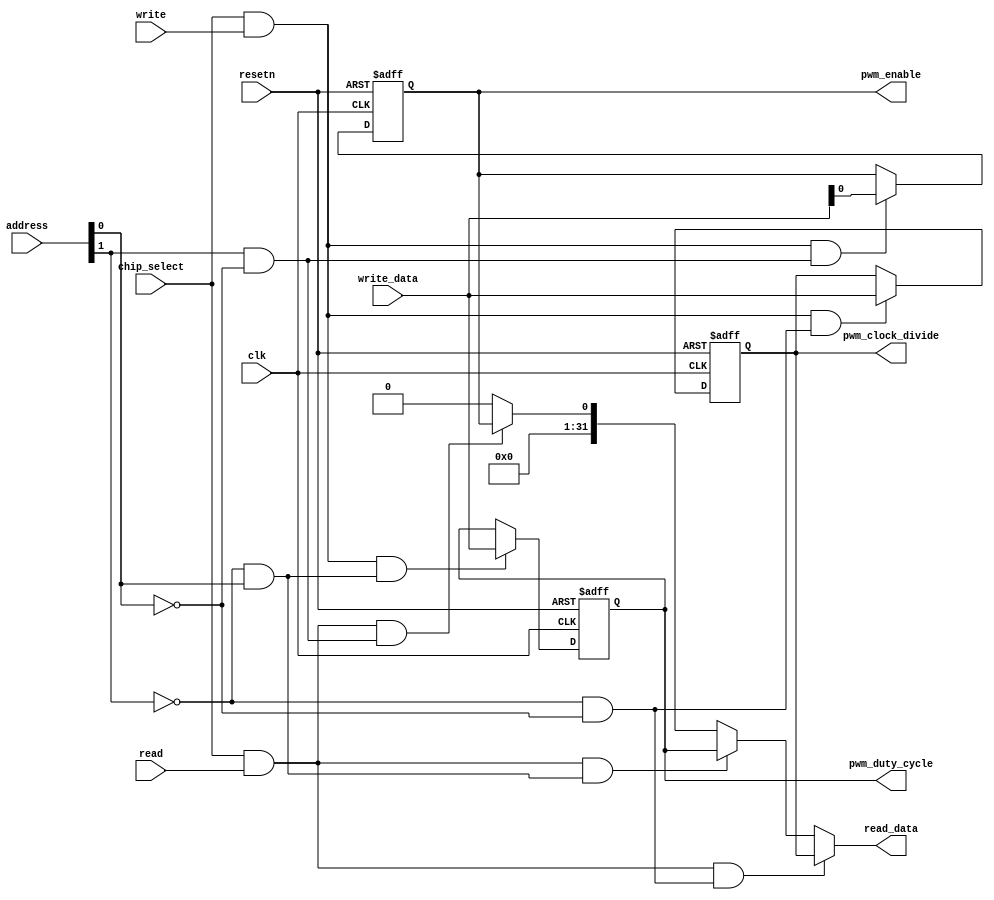
/***************************************************************************/
/*	Copyright  2004 Altera Corporation. All rights reserved.            */
/* Altera products are protected under numerous U.S. and foreign patents,  */
/* maskwork rights, copyrights and other intellectual property laws.  This */
/* reference design file, and your use thereof, *is subject to and         */
/* governed by the terms and conditions of the applicable Altera Reference */
/* Design License Agreement (either as signed by you or found at           */
/* www.altera.com).  By using this reference design file, you indicate     */
/* your acceptance of such terms and conditions between you and Altera     */
/* Corporation.  In the event that you do not agree with such terms and    */
/* conditions, you may not use the reference design file and please        */
/* promptly destroy any copies you have made. This reference design file   */
/* is being provided on an as-is basis and as an accommodation and       */
/* therefore all warranties, representations or guarantees of any kind     */
/* (whether express, implied or statutory) including, without limitation,  */
/* warranties of merchantability, non-infringement, or fitness for a       */
/* particular purpose, are specifically disclaimed.  By making this        */
/* reference design file available, Altera expressly does not recommend,   */
/* suggest or require that this reference design file be used in           */
/* combination with any other product not provided by Altera.              */
/***************************************************************************/

/***************************************************************************/
/* File: pwm_register_file                                                 */
/* Description: Register interface for PWM.  Contains logic for reading    */
/*    and writing to PWM registers.                                        */
/***************************************************************************/

module pwm_register_file
(	//Avalon Signals
	clk,
	resetn, 
	chip_select,
	address,
	write,
	write_data,
	read,
	read_data,

	//PWM Output Signals
	pwm_clock_divide,
	pwm_duty_cycle,
	pwm_enable
);

//Parameters
parameter clock_divide_reg_init = 32'h0000_0000;
parameter duty_cycle_reg_init   = 32'h0000_0000;

//Inputs

input clk;			      //System Clock
input resetn;			//System Reset
input chip_select;		//Avalon Chip select signal
input [1:0] address;	      //Avalon Address bus 
input write;			//Avalon Write signal
input [31:0] write_data;	//Avalon Write data bus
input read;			      //Avalon read signal
	
//Outputs
output [31:0] read_data;	  //Avalon read data bus
output [31:0] pwm_clock_divide; //PWM clock divide drive signals
output [31:0] pwm_duty_cycle;   //PWM duty cycle drive signals
output        pwm_enable;       //PWM enable drive signals

//Signal Declarations	
		
reg [31:0] clock_divide_register;	//Clock divider register
reg [31:0] duty_cycle_register;  	//Duty Cycle Register
reg        enable_register;	 	//Enable Bit	
reg [31:0] read_data;			//Read_data bus
	
//Nodes used for address decoding
wire clock_divide_reg_selected, duty_cycle_reg_selected, enable_reg_selected;
//Nodes for determining if a valid write occurred to a specific address
wire write_to_clock_divide, write_to_duty_cycle, write_to_enable;
//Nodes for determining if a valid read occurred to a specific address
wire read_to_clock_divide, read_to_duty_cycle, read_to_enable;
//Nodes used to determine if a valid access has occurred
wire valid_write, valid_read;

//Start Main Code	

//address decode
assign clock_divide_reg_selected = !address[1] & !address[0];  //address 00
assign duty_cycle_reg_selected   = !address[1] &  address[0];  //address 01
assign enable_reg_selected       =  address[1] & !address[0];  //address 10

//determine if a vaild transaction was initiated 
assign valid_write = chip_select & write;		
assign valid_read  = chip_select & read;

//determine if a write occurred to a specific address
assign write_to_clock_divide = valid_write & clock_divide_reg_selected;
assign write_to_duty_cycle   = valid_write & duty_cycle_reg_selected;
assign write_to_enable       = valid_write & enable_reg_selected;

//determine if a read occurred to a specific address
assign read_to_clock_divide = valid_read & clock_divide_reg_selected;
assign read_to_duty_cycle   = valid_read & duty_cycle_reg_selected;
assign read_to_enable       = valid_read & enable_reg_selected;

//Write to clock_divide Register
always@(posedge clk or negedge resetn)
begin
	if(~resetn)begin //Async Reset
		clock_divide_register <= clock_divide_reg_init; //32'h0000_0000;
	end
	else begin	
		if(write_to_clock_divide) begin
			clock_divide_register <= write_data; 	 
		end
		else begin
			clock_divide_register <= clock_divide_register;  
		end
		
	end
end	

//Write to duty_cycle Register
always@(posedge clk or negedge resetn)
begin
	if(~resetn)begin //Async Reset
		duty_cycle_register <= duty_cycle_reg_init; //32'h0000_0000;
	end
	else begin	
		if(write_to_duty_cycle) begin
			duty_cycle_register <= write_data; 	 
		end
		else begin
			duty_cycle_register <= duty_cycle_register;  
		end
	end
end	

//Write to enable register
always@(posedge clk or negedge resetn)
begin
	if(~resetn)begin //Async Reset
		enable_register <= 1'b0;
	end
	else begin
		if(write_to_enable)begin
			enable_register <= write_data[0];
		end
		else begin
			enable_register <= enable_register;
		end
	end
end

//Read Data Bus Mux
always@(read_to_clock_divide or read_to_duty_cycle or read_to_enable or clock_divide_register or duty_cycle_register or enable_register)
begin
	if(read_to_clock_divide) begin
		read_data = clock_divide_register;
	end
	else if(read_to_duty_cycle) begin
		read_data = duty_cycle_register;
	end
	else if(read_to_enable) begin
		read_data = {31'd0,enable_register};
	end
	else begin
		read_data = 32'h0000_0000;
	end
end

//assign register values to register file outputs to the PWM
assign pwm_clock_divide = clock_divide_register;
assign pwm_duty_cycle = duty_cycle_register;
assign pwm_enable = enable_register;

endmodule